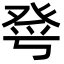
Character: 𤼮